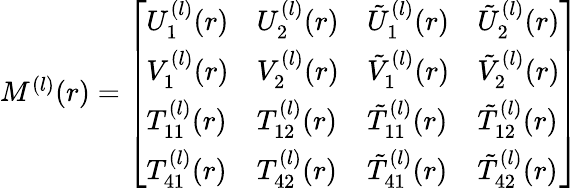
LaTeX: \begin{array}{r}{M^{(l)}(r)=\left[\begin{array}{llll}{U_{1}^{(l)}(r)}&{U_{2}^{(l)}(r)}&{\tilde{U}_{1}^{(l)}(r)}&{\tilde{U}_{2}^{(l)}(r)}\\ {V_{1}^{(l)}(r)}&{V_{2}^{(l)}(r)}&{\tilde{V}_{1}^{(l)}(r)}&{\tilde{V}_{2}^{(l)}(r)}\\ {T_{11}^{(l)}(r)}&{T_{12}^{(l)}(r)}&{\tilde{T}_{11}^{(l)}(r)}&{\tilde{T}_{12}^{(l)}(r)}\\ {T_{41}^{(l)}(r)}&{T_{42}^{(l)}(r)}&{\tilde{T}_{41}^{(l)}(r)}&{\tilde{T}_{42}^{(l)}(r)}\end{array}\right]}\end{array}